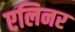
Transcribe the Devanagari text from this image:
एलिनर